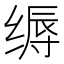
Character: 缛